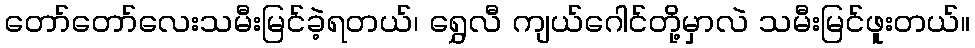
တော်တော်လေးသမီးမြင်ခဲ့ရတယ်၊ ရွှေလီ ကျယ်ဂေါင်တို့မှာလဲ သမီးမြင်ဖူးတယ်။